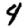
Digit: 4